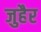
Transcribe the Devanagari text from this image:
जुहैर